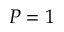
P = 1